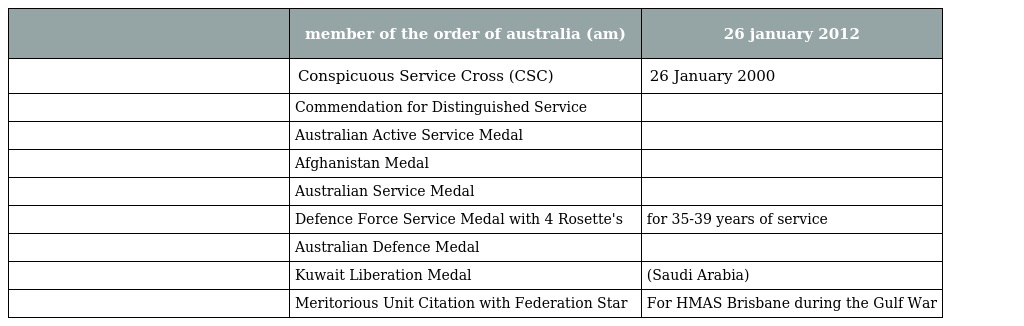
|  | member of the order of australia (am) | 26 january 2012 |
 | --- | --- | --- |
 |  | Conspicuous Service Cross (CSC) | 26 January 2000 |
 |  | Commendation for Distinguished Service |  |
 |  | Australian Active Service Medal |  |
 |  | Afghanistan Medal |  |
 |  | Australian Service Medal |  |
 |  | Defence Force Service Medal with 4 Rosette's | for 35-39 years of service |
 |  | Australian Defence Medal |  |
 |  | Kuwait Liberation Medal | (Saudi Arabia) |
 |  | Meritorious Unit Citation with Federation Star | For HMAS Brisbane during the Gulf War |